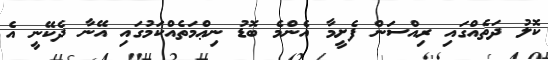
ކޮލު ދަތެއްގައި ރިއްސަން ފެށީމާ އެންމެ ބޮޑު ނިޢްމަތެއްކަމުގައި އޭނާ ދެކޭނީ އެ